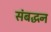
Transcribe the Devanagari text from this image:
संबद्धन